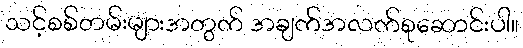
သင့်စစ်တမ်းများအတွက် အချက်အလက်စုဆောင်းပါ။